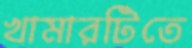
খামারটিতে